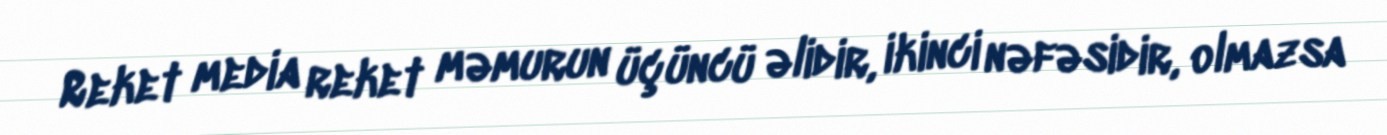
Reket media reket məmurun üçüncü əlidir, ikinci nəfəsidir, olmazsa